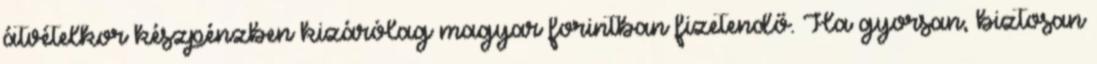
átvételkor készpénzben kizárólag magyar forintban fizetendő. Ha gyorsan, biztosan